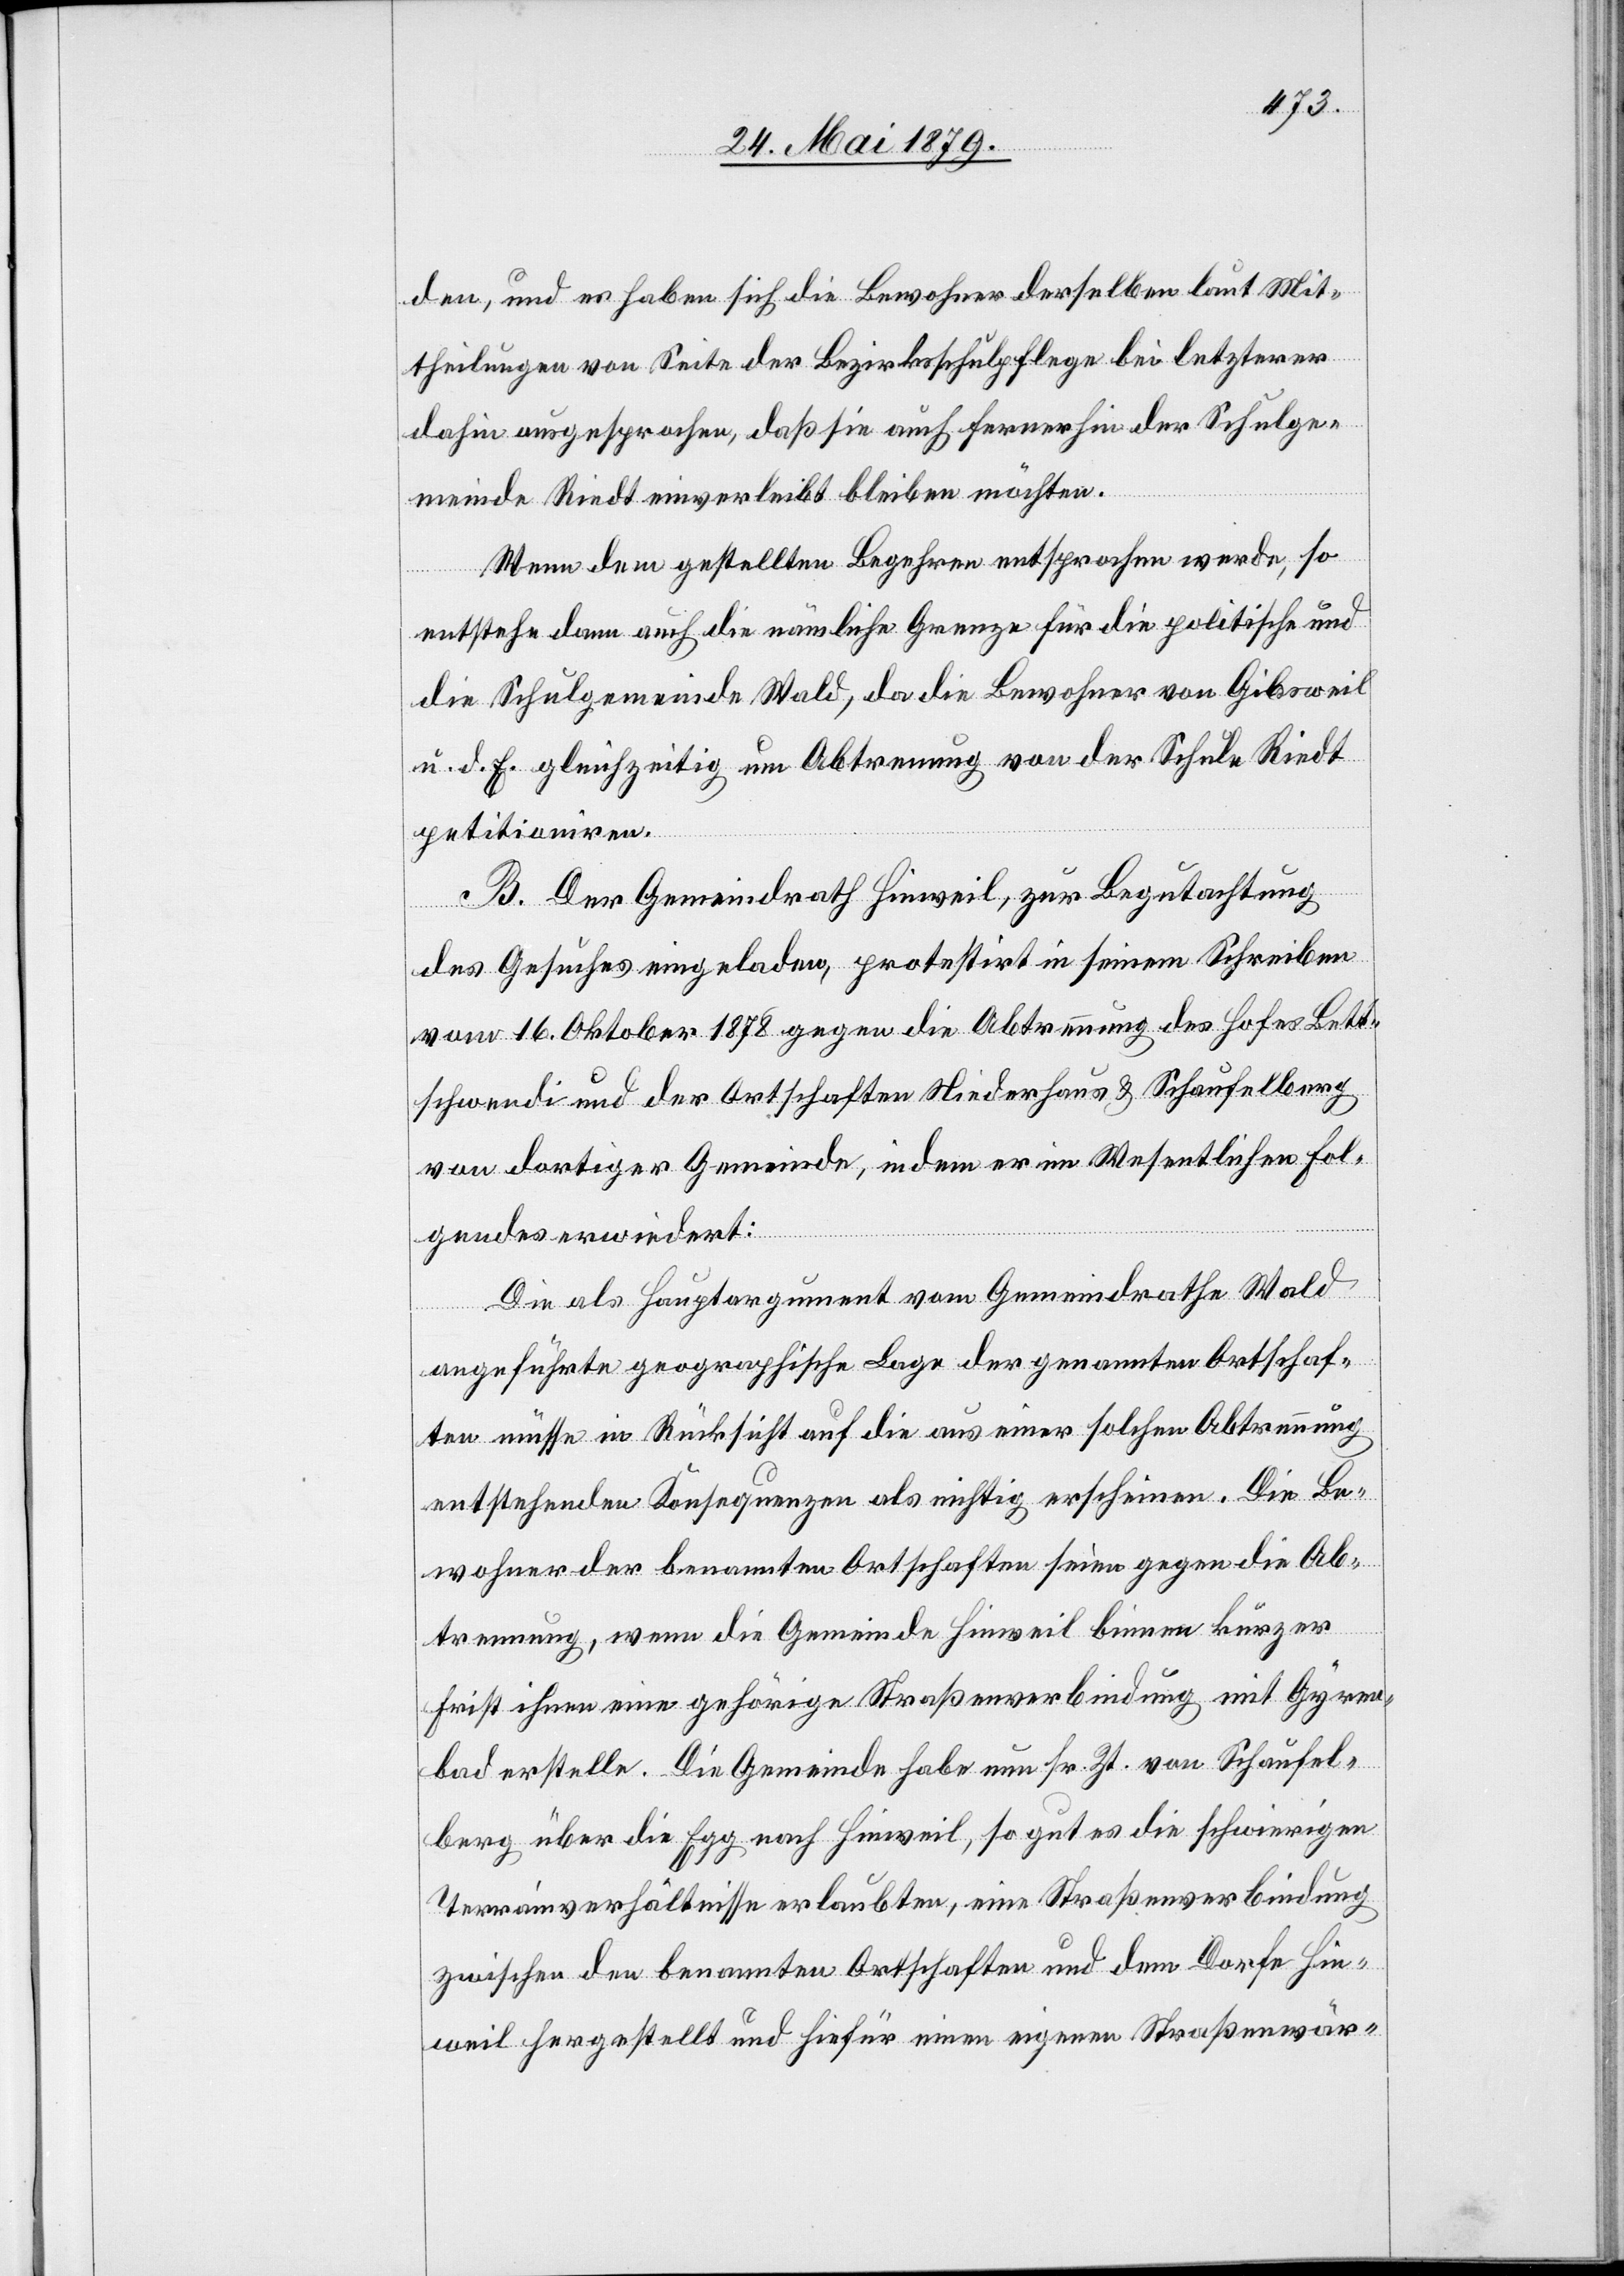
den, und es haben sich die Bewohner derselben laut Mit¬
theilungen von Seite der Bezirksschulpflege bei letzterer
dahin ausgesprochen, daß sie auch fernerhin der Schulge¬
meinde Riedt einverleibt bleiben möchten.
Wenn dem gestellten Begehren entsprochen werde, so
entstehe dann auch die nämliche Grenze für die politische und
die Schulgemeinde Wald, da die Bewohner von Gibsweil
u. d. E. gleichzeitig um Abtrennung von der Schule Riedt
petitioniren.
B. Der Gemeindrath Hinweil, zur Begutachtung
des Gesuches eingeladen, protestirt in seinem Schreiben
vom 16. Oktober 1878 gegen die Abtrennung des Hofes Bett¬
schwendi und der Ortschaften Niederhaus & Schaufelberg
von dortiger Gemeinde, indem er im Wesentlichen Fol¬
gendes erwiedert:
Die als Hauptargument vom Gemeindrathe Wald
angeführte geographische Lage der genannten Ortschaf¬
ten müsse in Rücksicht auf die aus einer solchen Abtrennung
entstehenden Konsequenzen als nichtig erscheinen. Die Be¬
wohner der benannten Ortschaften seien gegen die Ab¬
trennung, wenn die Gemeinde Hinweil binnen kurzer
Frist ihnen eine gehörige Straßenverbindung mit Gyren¬
bad erstelle. Die Gemeinde habe nun sr. Zt. von Schaufel¬
berg über die Egg nach Hinweil, so gut es die schwierigen
Terrainverhältnisse erlaubten, eine Straßenverbindung
zwischen den benannten Ortschaften und dem Dorfe Hin¬
weil hergestellt und hiefür einen eigenen Straßenwär-